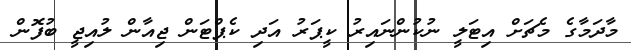
މާދަމާގެ މެޗަށް އިޓަލީ ނުކުންނައިރު ކީޕަރު އަދި ކެޕްޓަން ޖިއާން ލުއިޖީ ބުފޮން